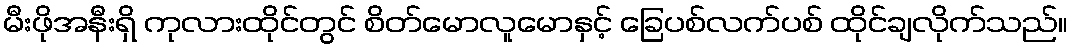
မီးဖိုအနီးရှိ ကုလားထိုင်တွင် စိတ်မောလူမောနှင့် ခြေပစ်လက်ပစ် ထိုင်ချလိုက်သည်။